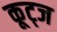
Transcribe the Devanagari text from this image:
कूट्ज